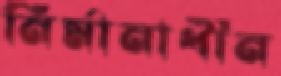
নির্মানাধীন